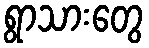
ရွာသားတွေ